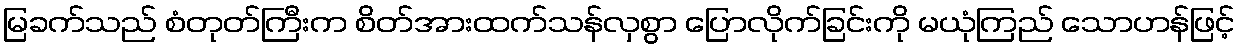
မြခက်သည် စံတုတ်ကြီးက စိတ်အားထက်သန်လှစွာ ပြောလိုက်ခြင်းကို မယုံကြည် သောဟန်ဖြင့်